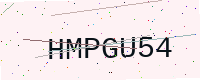
Text: HMPGU54